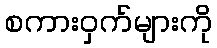
စကားဝှက်များကို